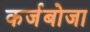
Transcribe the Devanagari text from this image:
कर्जबोजा